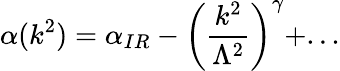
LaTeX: \alpha(k^{2})=\alpha_{IR}-\left({\frac{k^{2}}{\Lambda^{2}}}\right)^{\gamma}+...